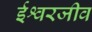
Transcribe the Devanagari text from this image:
ईश्वरजीव